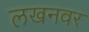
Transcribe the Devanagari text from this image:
लखनवर